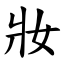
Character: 妝